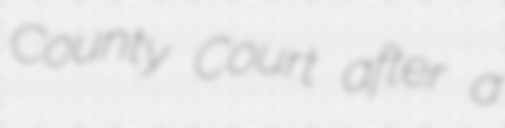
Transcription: County Court after a